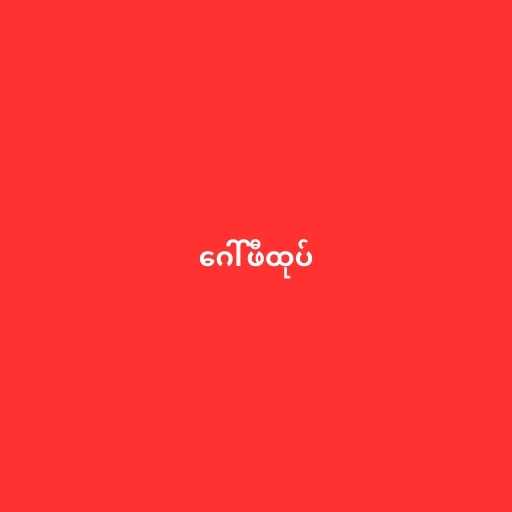
ဂေါ်ဖီထုပ်